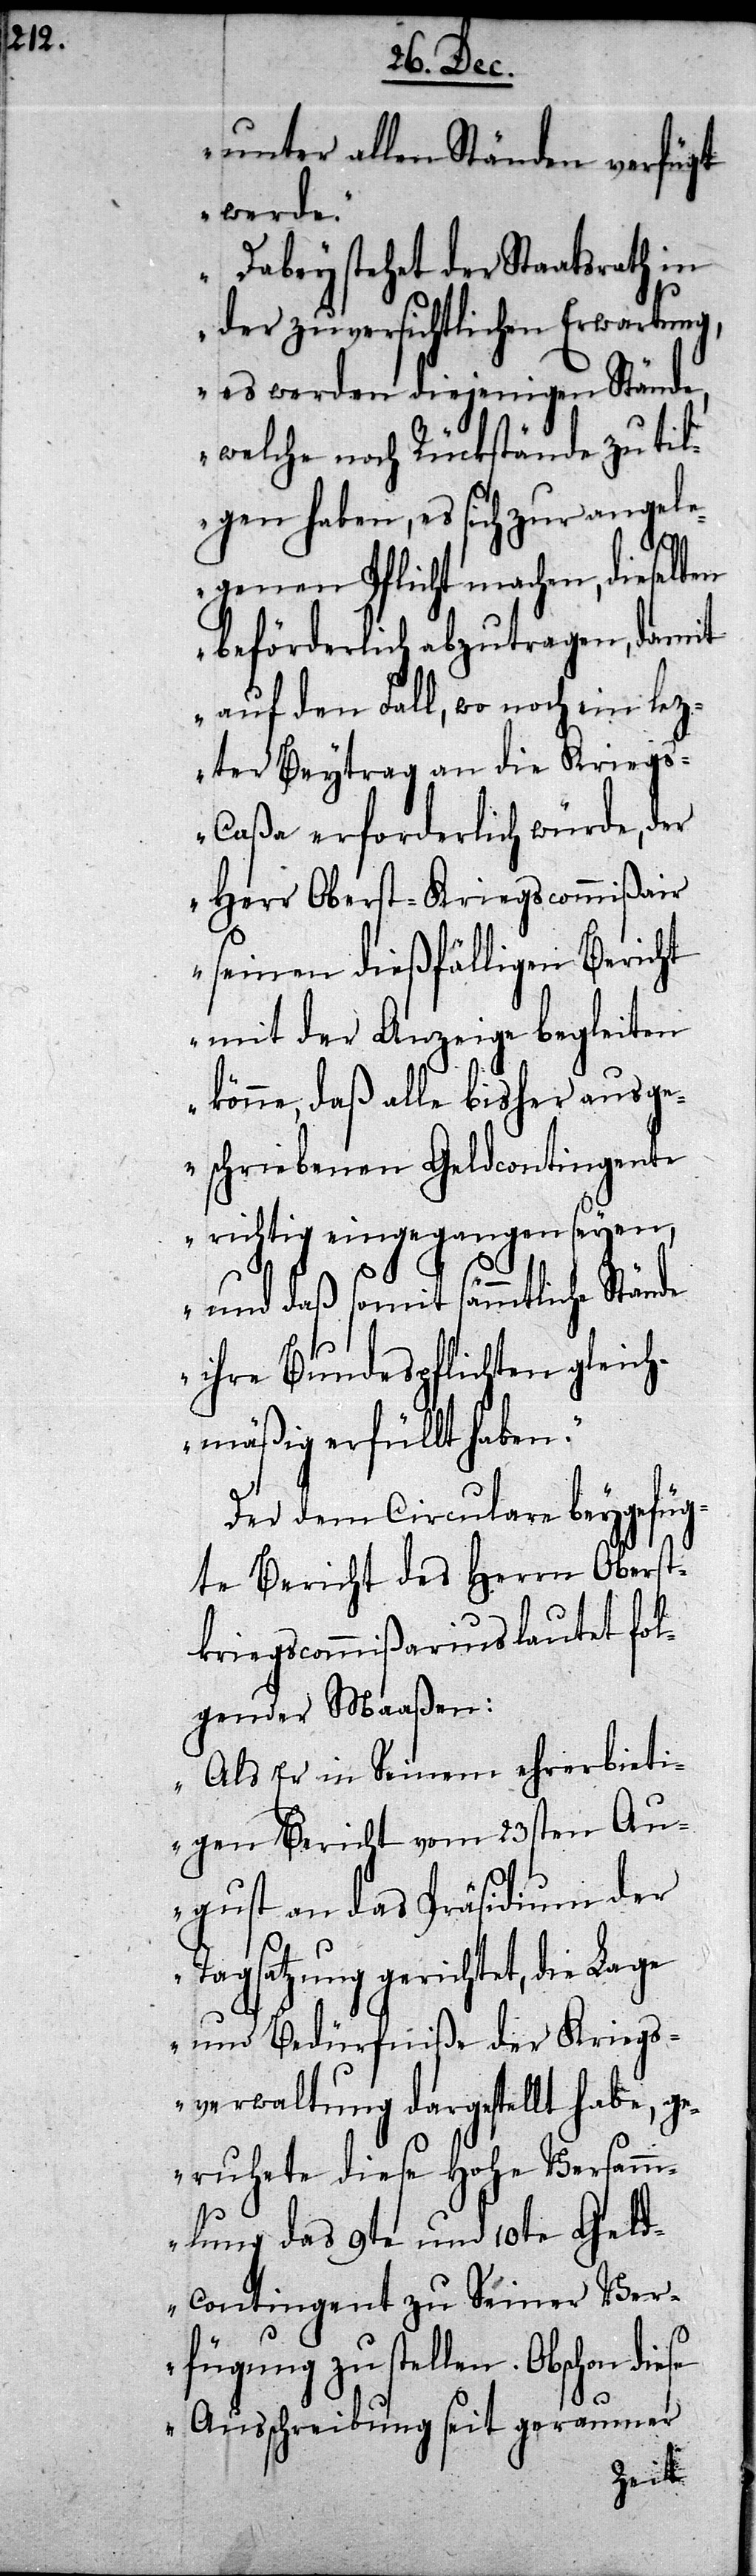
unter allen Ständen verfügt
werde.
Dabey stehet der Staatsrath in
der zuversichtlichen Erwartung,
es werden diejenigen Stände,
welche noch Rückstände zu til¬
gen haben, es sich zur angele¬
genen Pflicht machen, dieselben
beförderlich abzutragen, damit
auf den Fall, wo noch ein lez¬
ter Beytrag an die Krieg¬
s-Caßa erforderlich würde, der
Herr Oberst-Kriegscommißair
seinen dießfälligen Bericht
mit der Anzeige begleiten
könne, daß alle bisher ausge¬
schriebenen Geldcontingente
richtig eingegangen seyen,
und daß somit sämmtliche Stände
ihre Bundespflichten gleich¬
mäßig erfüllt haben.“
Der dem Circulare beygefüg¬
te Bericht des Herrn Oberst¬
kriegscommißarius lautet fol¬
gender Maaßen:
„Als Er in Seinem ehrerbieti¬
gen Bericht vom 23sten Au¬
gust an das Präsidium der
Tagsatzung gerichtet, die Lage
und Bedürfniße der Kriegs¬
verwaltung dargestellt habe, g¬
eruhete diese Hohe Versamm¬
lung das 9te und 10te Geld¬
contingent zu Seiner Ver¬
fügung zu stellen. Obschon diese
Ausschreibung seit geraumer